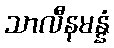
သာလီနမန္နံ